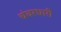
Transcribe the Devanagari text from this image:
चंवरधारी